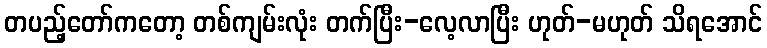
တပည့်တော်ကတော့ တစ်ကျမ်းလုံး တက်ပြီး-လေ့လာပြီး ဟုတ်-မဟုတ် သိရအောင်